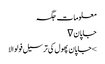
معلومات	جگہ
جاپان ∇
> جاپان پھول کی ترسیل فولوالا